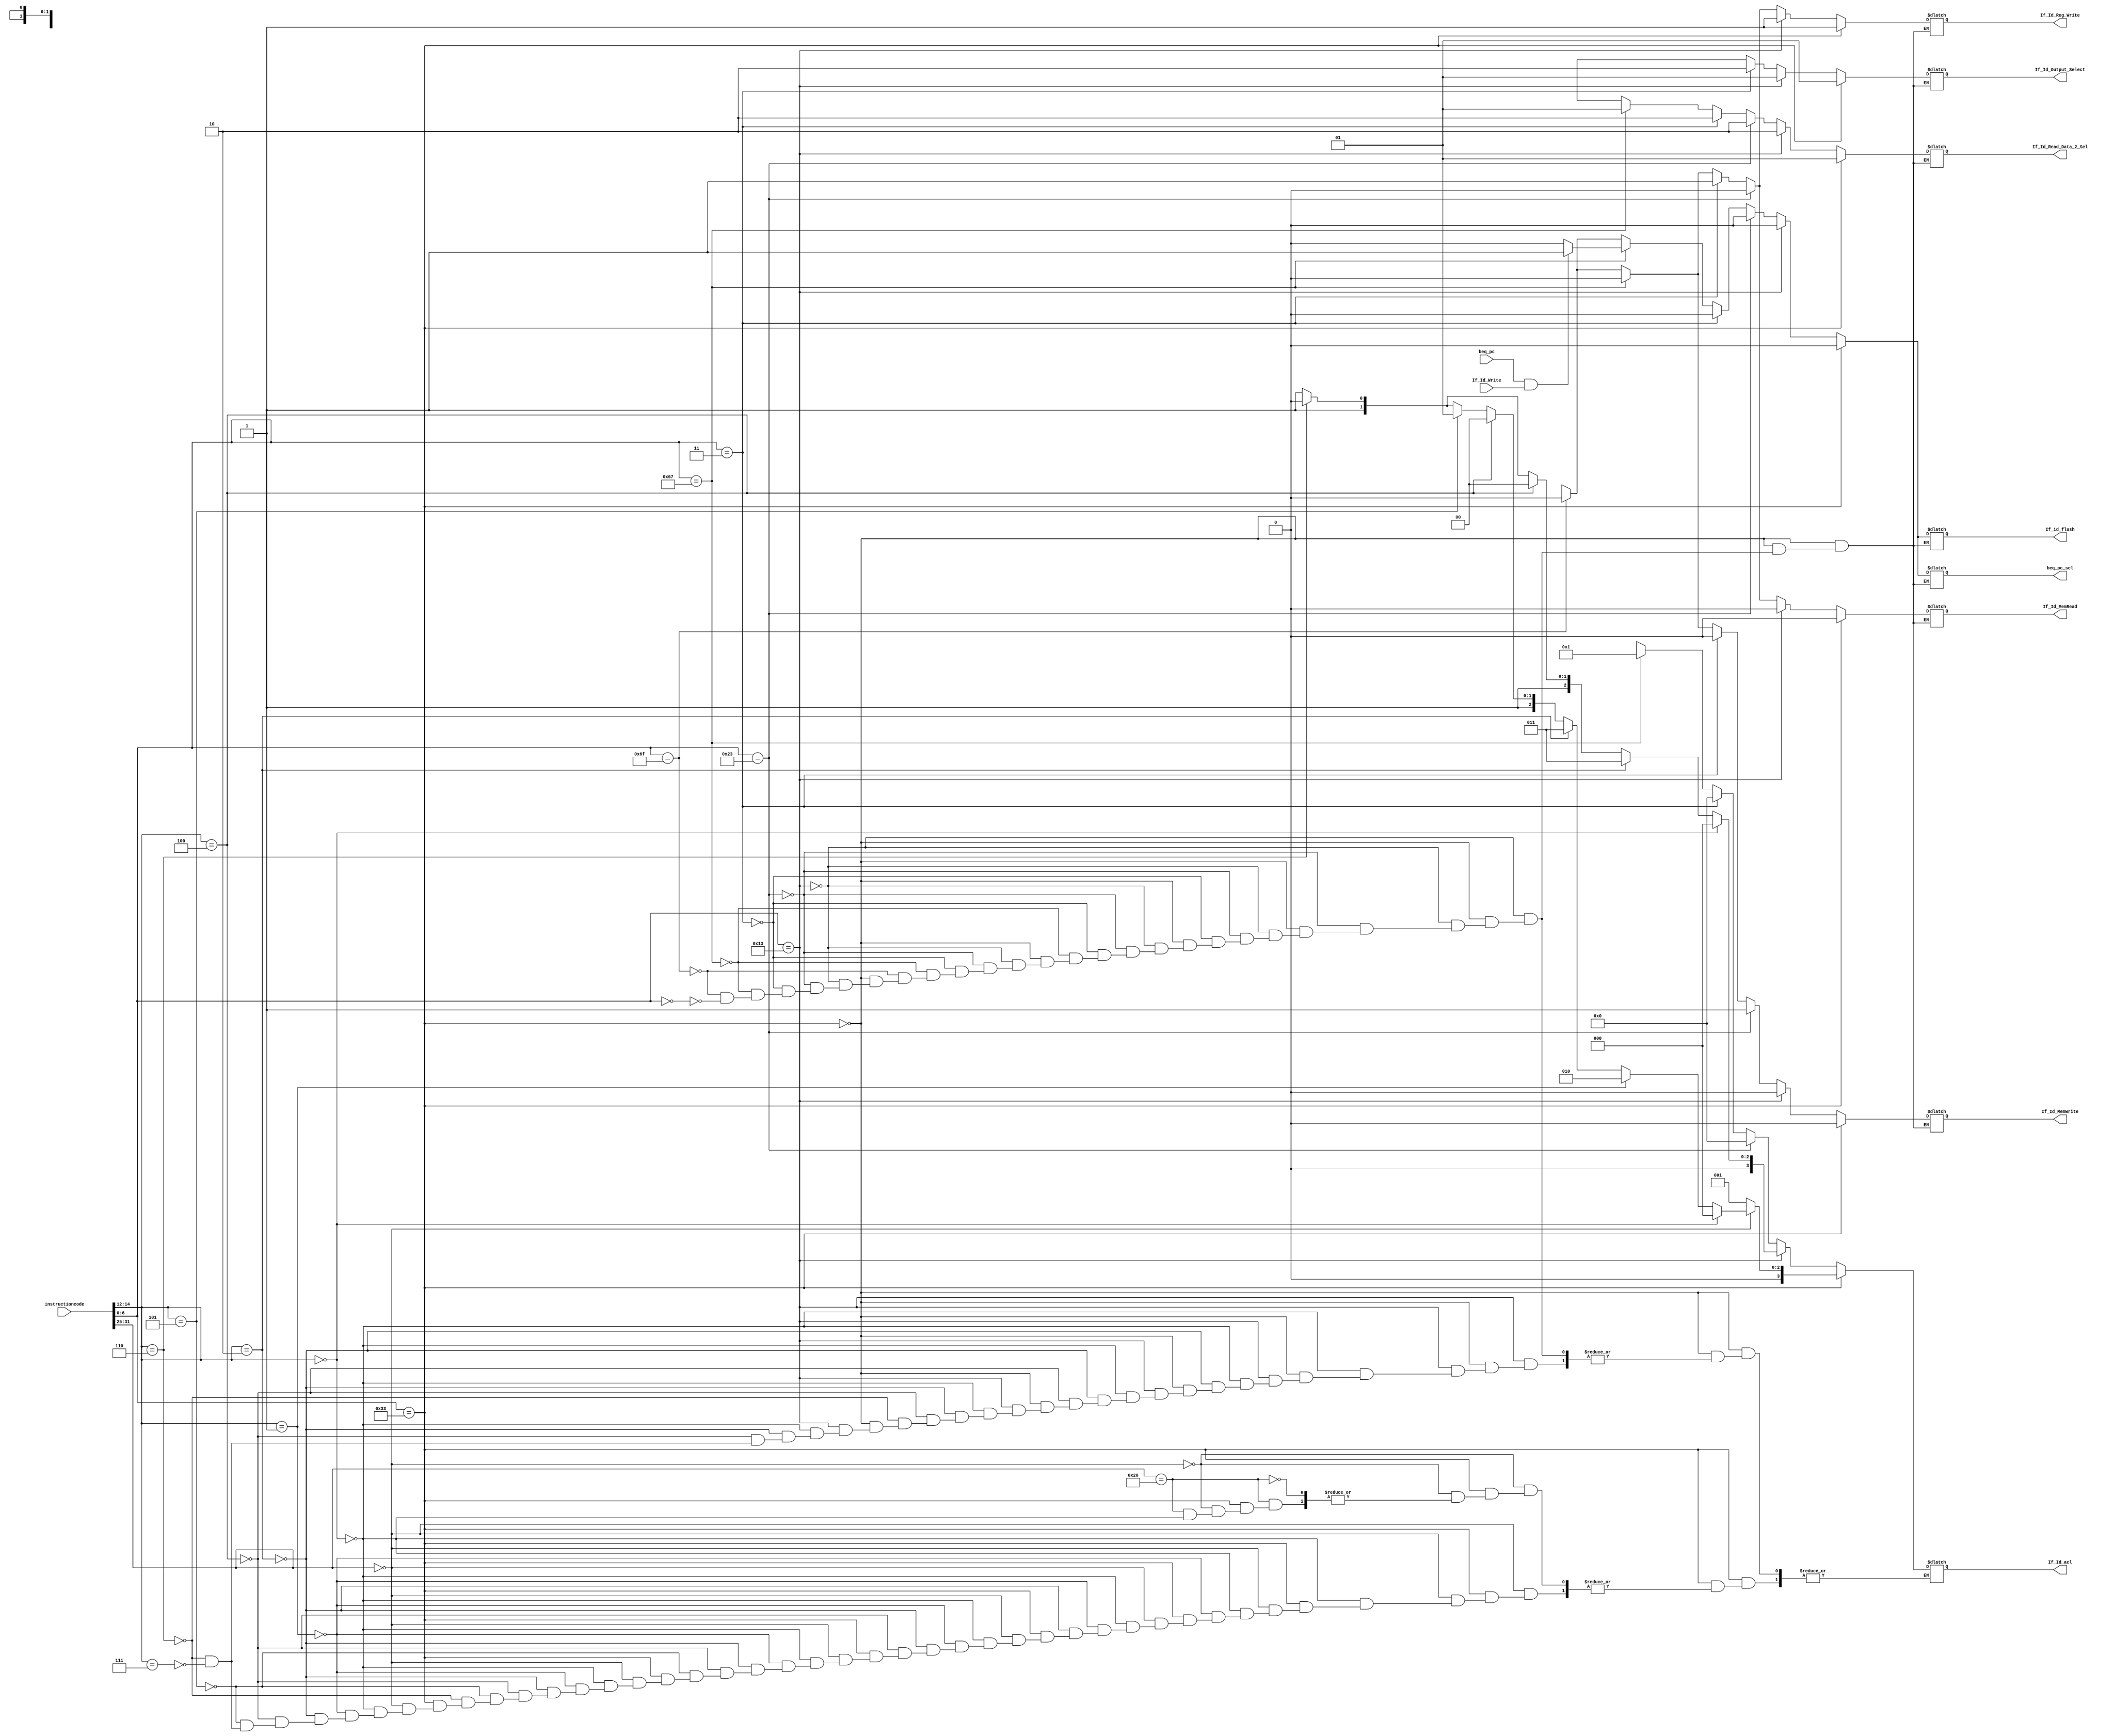
`timescale 1ns / 1ps

module control_signal(
     input [31:0] instructioncode,
input beq_pc,
input If_Id_Write,                         // IF/ID stop clocking 
output reg If_Id_Reg_Write,                // IF/ID.Reg_Write
output reg [3:0] If_Id_acl,                // IF/ID.ALU control_op
output reg [1:0] If_Id_Output_Select,      // IF/ID.regtoMem
output reg [1:0] If_Id_Read_Data_2_Sel,    // IF/ID.ALUsrc
output reg If_Id_MemWrite,                 // IF/ID.MemWrite
output reg If_Id_MemRead,                  // IF/ID.MemRead
output reg beq_pc_sel,                     
output reg If_id_flush
    );
    
    always @(instructioncode,beq_pc,If_Id_Write)
        begin
        // r-type instructions
        if(instructioncode[6:0]==7'b0110011)
        begin
        
                If_Id_Reg_Write =1'b1;
                If_Id_Output_Select=2'b01;              
                If_Id_Read_Data_2_Sel = 2'b01;          
                If_Id_MemWrite =1'b0;
                If_Id_MemRead =1'b0;
                beq_pc_sel = 1'b0;
                If_id_flush = 1'b0;
                if(instructioncode[31:25]==7'b0000000)  // Funct7 => instructioncode[31:25]  and  Funct3 => instructioncode[14:12]
                begin
                     // for add instruction
                   if(instructioncode[14:12]==3'b000)
                      begin
                      If_Id_acl=4'b0000;
                      end
                      // for sll instruction
                   else if(instructioncode[14:12]==3'b001)
                      begin
                      If_Id_acl=4'b0010;
                      end
                      // for slt instruction
                   else if(instructioncode[14:12]==3'b010)
                      begin
                      If_Id_acl=4'b0011;
                      end
                      // for xor instruction
                   else if(instructioncode[14:12]==3'b100)
                      begin
                      If_Id_acl=4'b0100;
                      end
                      // for srl instruction
                   else if(instructioncode[14:12]==3'b101)
                      begin
                      If_Id_acl=4'b0101;
                      end
                      // for or instruction
                   else if(instructioncode[14:12]==3'b110)
                      begin
                      If_Id_acl=4'b0110;
                      end
                      // for and instruction
                   else if(instructioncode[14:12]==3'b111)
                      begin
                      If_Id_acl=4'b0111;
                      end
                end
                
             else if(instructioncode[31:25]==7'b0100000)
             begin
             // for sub instruction
                 if(instructioncode[14:12]==3'b000)
                 begin
                 If_Id_acl=4'b0001;
    
                 end
             end
          end   
          // for i-type instructions
          else if (instructioncode[6:0]==7'b0010011)
          begin
          If_id_flush = 1'b0;
          beq_pc_sel = 1'b0;
          If_Id_Reg_Write =1'b1;
          If_Id_Output_Select=2'b01;
          If_Id_Read_Data_2_Sel = 2'b10;
          If_Id_MemWrite =1'b0;
          If_Id_MemRead =1'b0;
                            // for addi instruction
                           if(instructioncode[14:12]==3'b000)
                            begin
                            If_Id_acl=4'b0000;
                            end
                            // for slti instruction
                         else if(instructioncode[14:12]==3'b010)
                            begin
                            If_Id_acl=4'b0011;
                            end
                            // for xori instruction
                         else if(instructioncode[14:12]==3'b100)
                            begin
                            If_Id_acl=4'b0100;
                            end
                            // for ori instruction
                         else if(instructioncode[14:12]==3'b110)
                            begin
                            If_Id_acl=4'b0110;
                            end
                            //// for andi instruction
                         else if(instructioncode[14:12]==3'b111)
                            begin
                            If_Id_acl=4'b0111;
                            end
            end
            // for store instruction
            else if (instructioncode[6:0]==7'b0100011)
            begin
            If_id_flush = 1'b0;
            beq_pc_sel = 1'b0;
            If_Id_Reg_Write =1'b0;
            If_Id_Output_Select=2'bXX;
            If_Id_Read_Data_2_Sel = 2'b10;
            If_Id_MemWrite =1'b1;
            If_Id_MemRead =1'b0;
            If_Id_acl=4'b0000;
            end
            // for load instruction
            else if (instructioncode[6:0]==7'b0000011)
            begin
            If_id_flush = 1'b0;
            beq_pc_sel = 1'b0;
            If_Id_Reg_Write =1'b1;
            If_Id_Output_Select=2'b10;
            If_Id_Read_Data_2_Sel = 2'b10;
            If_Id_MemWrite =1'b0;
            If_Id_MemRead =1'b1;
            If_Id_acl=4'b0000;
            end
            // for branch instruction(Branch not taken scheme)
            else if (instructioncode[6:0]==7'b1100111)
            begin
            // considering the stalling cases 
            if(beq_pc==1'b1 && If_Id_Write == 1'b1)
            begin
            beq_pc_sel = 1'b1;
            If_id_flush = 1'b1;
            end
            else
            begin
            beq_pc_sel = 1'b0;
            If_id_flush = 1'b0;
            end
           
            
            If_Id_Reg_Write =1'b0;
            If_Id_Output_Select=2'bXX;
            If_Id_Read_Data_2_Sel = 2'b01;
            If_Id_MemWrite =1'b0;
            If_Id_MemRead =1'b0;
            If_Id_acl=4'b0001;
            end
            // for jump instruction
            else if (instructioncode[6:0]==7'b1101111)
            begin
            If_id_flush = 1'b0;
            beq_pc_sel = 1'b0;
            If_Id_Reg_Write =1'b0;
            If_Id_Output_Select=2'bXX;
            If_Id_Read_Data_2_Sel = 2'bXX;
            If_Id_MemWrite =1'b0;
            If_Id_MemRead =1'b0;
            If_Id_acl=4'bXXXX;
            end
            // to give a duplicate instruction
            else if (instructioncode[6:0]==7'b0000000)
            begin
            If_id_flush = 1'bx;
            beq_pc_sel = 1'bx;
            If_Id_Reg_Write =1'bx;
            If_Id_Output_Select=2'bxx;
            If_Id_Read_Data_2_Sel = 2'bxx;
            If_Id_MemWrite =1'bx;
            If_Id_MemRead =1'bx;
            If_Id_acl=4'bXXXX;
            end
         
         end
endmodule